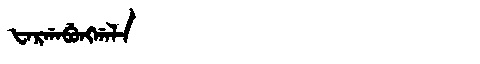
Manchu: ᡶᠠᡵᡤᠠᠪᡠᠩᡤᠠᠯᠠ
Romanization: FARGABUNGGALA